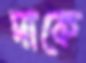
দাকে